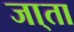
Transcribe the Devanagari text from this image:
जा्ता